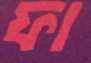
ফা